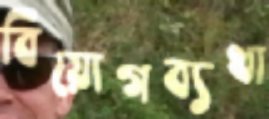
বিয়োগব্যথা